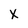
Character: X